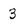
Character: 3